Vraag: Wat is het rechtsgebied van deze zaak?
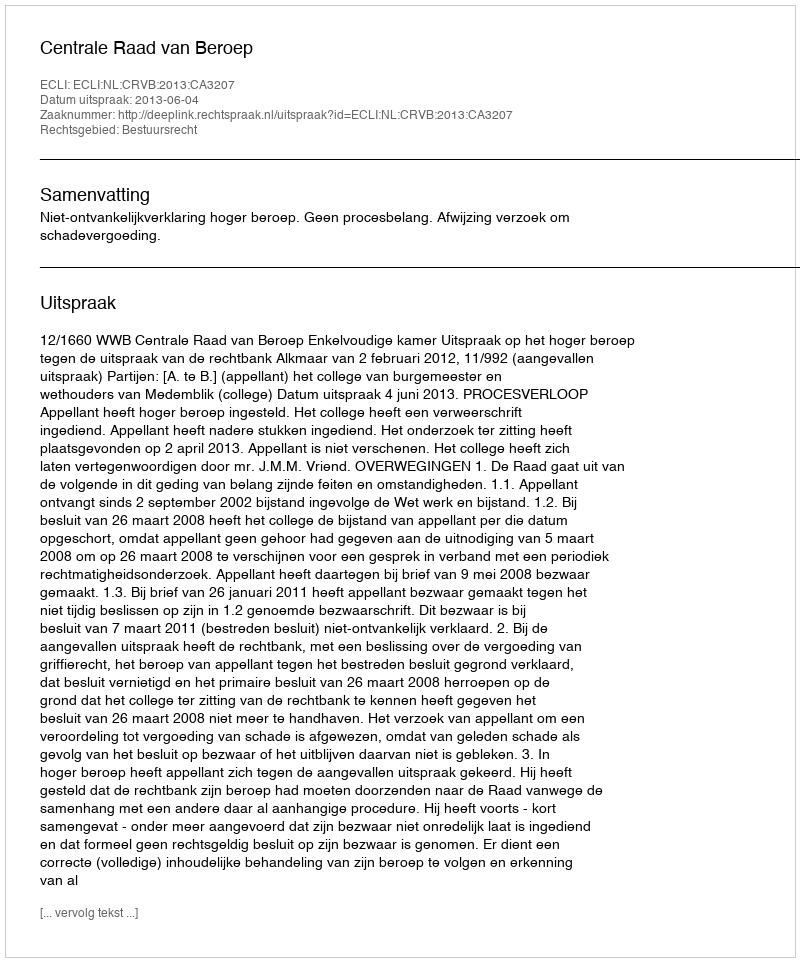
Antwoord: Bestuursrecht